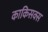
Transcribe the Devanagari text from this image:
काकिसक्स